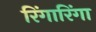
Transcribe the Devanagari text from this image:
रिंगारिंगा